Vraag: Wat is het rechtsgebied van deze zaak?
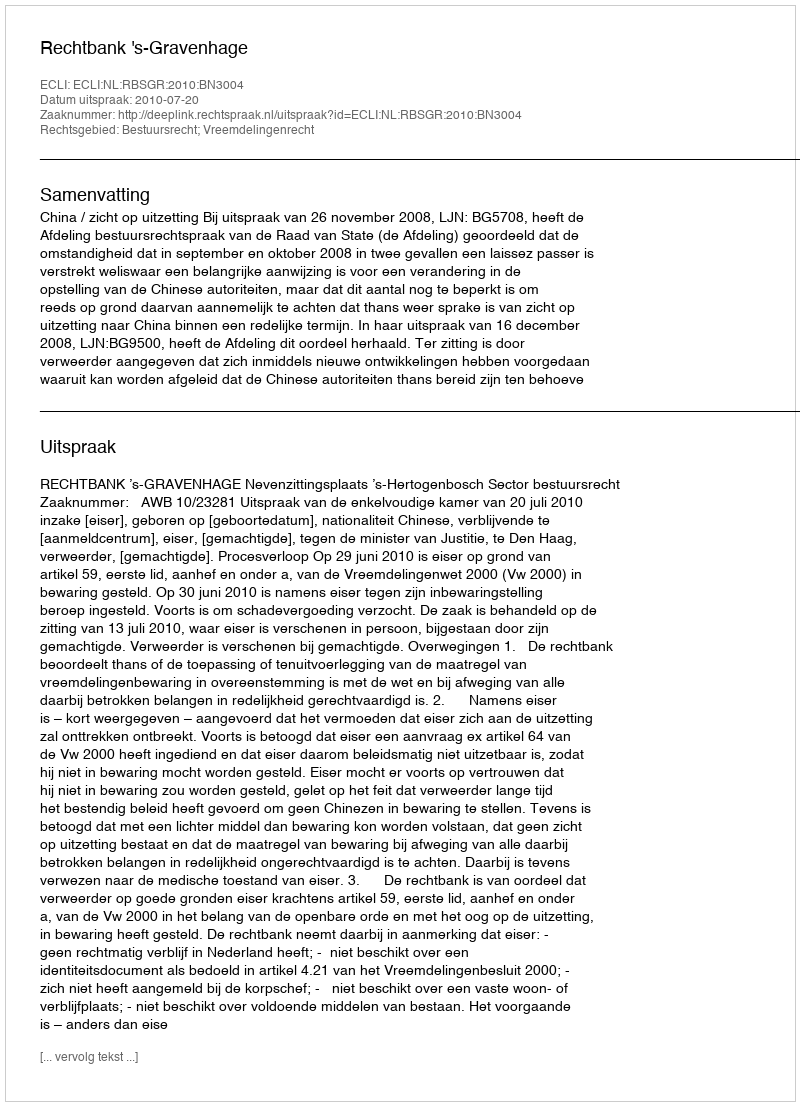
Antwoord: Bestuursrecht; Vreemdelingenrecht